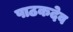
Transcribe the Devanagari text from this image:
पाठकदेव